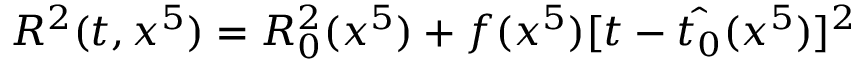
R ^ { 2 } ( t , x ^ { 5 } ) = R _ { 0 } ^ { 2 } ( x ^ { 5 } ) + f ( x ^ { 5 } ) [ t - \hat { t _ { 0 } } ( x ^ { 5 } ) ] ^ { 2 }